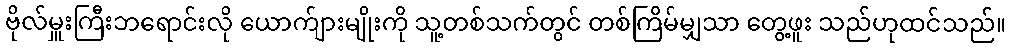
ဗိုလ်မှူးကြီးဘရောင်းလို ယောက်ျားမျိုးကို သူ့တစ်သက်တွင် တစ်ကြိမ်မျှသာ တွေ့ဖူး သည်ဟုထင်သည်။